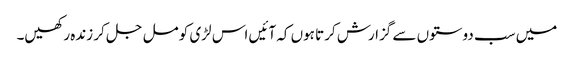
میں سب دوستوں سے گزارش کرتا ہوں کہ آئیں اس لڑی کو مل جل کر زندہ رکھیں۔